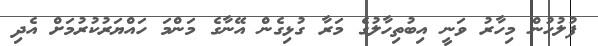
ފުލުހުން މިހާރު ވަނީ އިބުތިހާލުގެ މަރާ ގުޅިގެން އޭނާގެ މަންމަ ހައްޔަރުކުރުމަށް އެދި